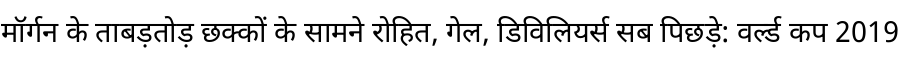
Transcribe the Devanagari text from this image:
मॉर्गन के ताबड़तोड़ छक्कों के सामने रोहित, गेल, डिविलियर्स सब पिछड़े: वर्ल्ड कप 2019